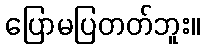
ပြောမပြတတ်ဘူး။